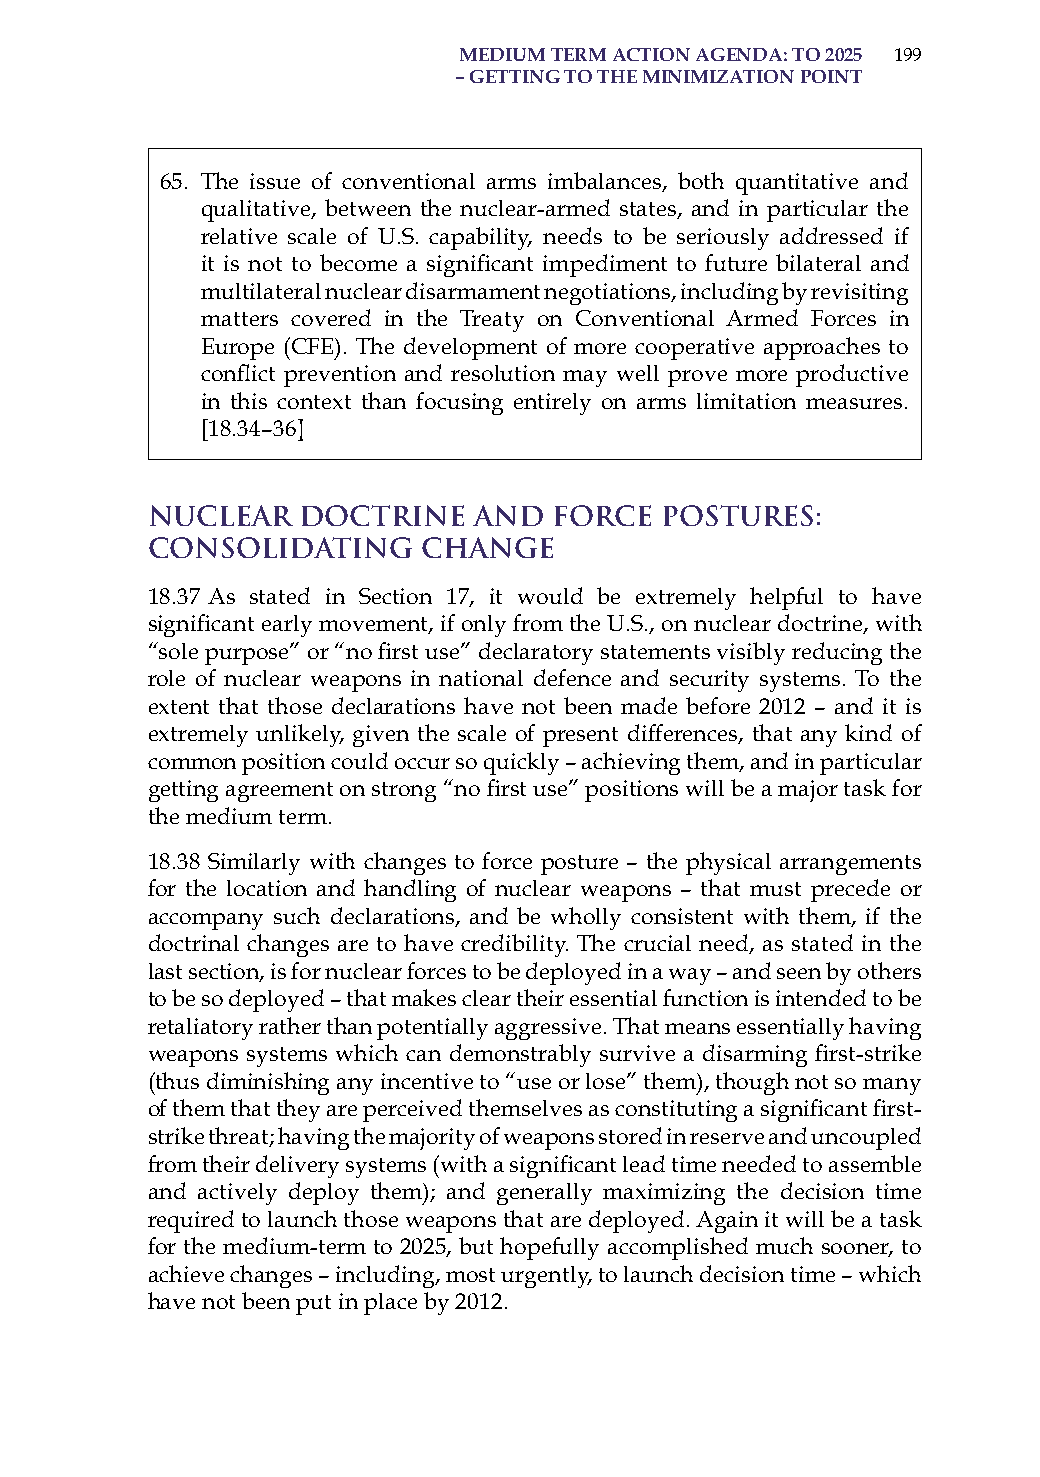
medium term action aGenda: to 2025 199
 – GettinG to the minimization Point
 65. The issue of conventional arms imbalances, both quantitative and
 qualitative, between the nuclear-armed states, and in particular the
 relative scale of U.s. capability, needs to be seriously addressed if
 it is not to become a significant impediment to future bilateral and
 multilateral nuclear disarmament negotiations, including by revisiting
 matters covered in the Treaty on Conventional armed Forces in
 Europe (CFE). The development of more cooperative approaches to
 conflict prevention and resolution may well prove more productive
 in this context than focusing entirely on arms limitation measures.
 [18.34–36]
 Nuclear   Doctrine   and   Force  Postures:
 Consolidating     Change
 18.37 as stated in section 17, it would be extremely helpful to have
 significant early movement, if only from the U.S., on nuclear doctrine, with
 “sole purpose” or “no first use” declaratory statements visibly reducing the
 role of nuclear weapons in national defence and security systems. To the
 extent that those declarations have not been made before 2012 – and it is
 extremely unlikely, given the scale of present differences, that any kind of
 common position could occur so quickly – achieving them, and in particular
 getting agreement on strong “no first use” positions will be a major task for
 the medium term.
 18.38 similarly with changes to force posture – the physical arrangements
 for the location and handling of nuclear weapons – that must precede or
 accompany such declarations, and be wholly consistent with them, if the
 doctrinal changes are to have credibility. The crucial need, as stated in the
 last section, is for nuclear forces to be deployed in a way – and seen by others
 to be so deployed – that makes clear their essential function is intended to be
 retaliatory rather than potentially aggressive. That means essentially having
 weapons systems which can demonstrably survive a disarming first-strike
 (thus diminishing any incentive to “use or lose” them), though not so many
 of them that they are perceived themselves as constituting a significant first-
 strike threat; having the majority of weapons stored in reserve and uncoupled
 from their delivery systems (with a significant lead time needed to assemble
 and actively deploy them); and generally maximizing the decision time
 required to launch those weapons that are deployed. again it will be a task
 for the medium-term to 2025, but hopefully accomplished much sooner, to
 achieve changes – including, most urgently, to launch decision time – which
 have not been put in place by 2012.